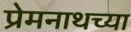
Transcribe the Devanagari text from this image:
प्रेमनाथच्या